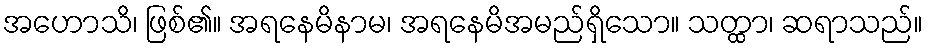
အဟောသိ၊ ဖြစ်၏။ အရနေမိနာမ၊ အရနေမိအမည်ရှိသော။ သတ္ထာ၊ ဆရာသည်။